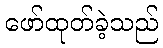
ဖော်ထုတ်ခဲ့သည်